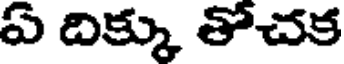
ఏ దిక్కు తోచక